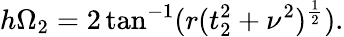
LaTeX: h\Omega_{2}=2\tan^{-1}(r(t_{2}^{2}+\nu^{2})^{\frac{1}{2}}).